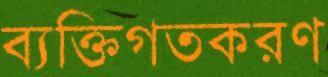
ব্যক্তিগতকরণ